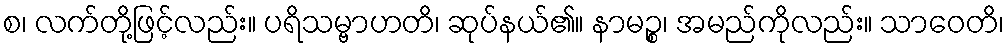
စ၊ လက်တို့ဖြင့်လည်း။ ပရိသမ္ဗာဟတိ၊ ဆုပ်နယ်၏။ နာမဉ္စ၊ အမည်ကိုလည်း။ သာဝေတိ၊